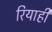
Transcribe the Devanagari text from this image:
रियाही